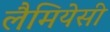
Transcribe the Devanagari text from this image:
लैमियेसी